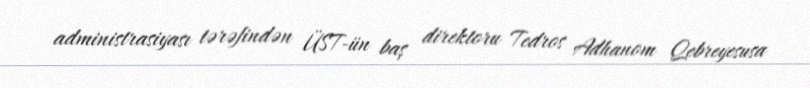
administrasiyası tərəfindən ÜST-ün baş direktoru Tedros Adhanom Qebreyesusa